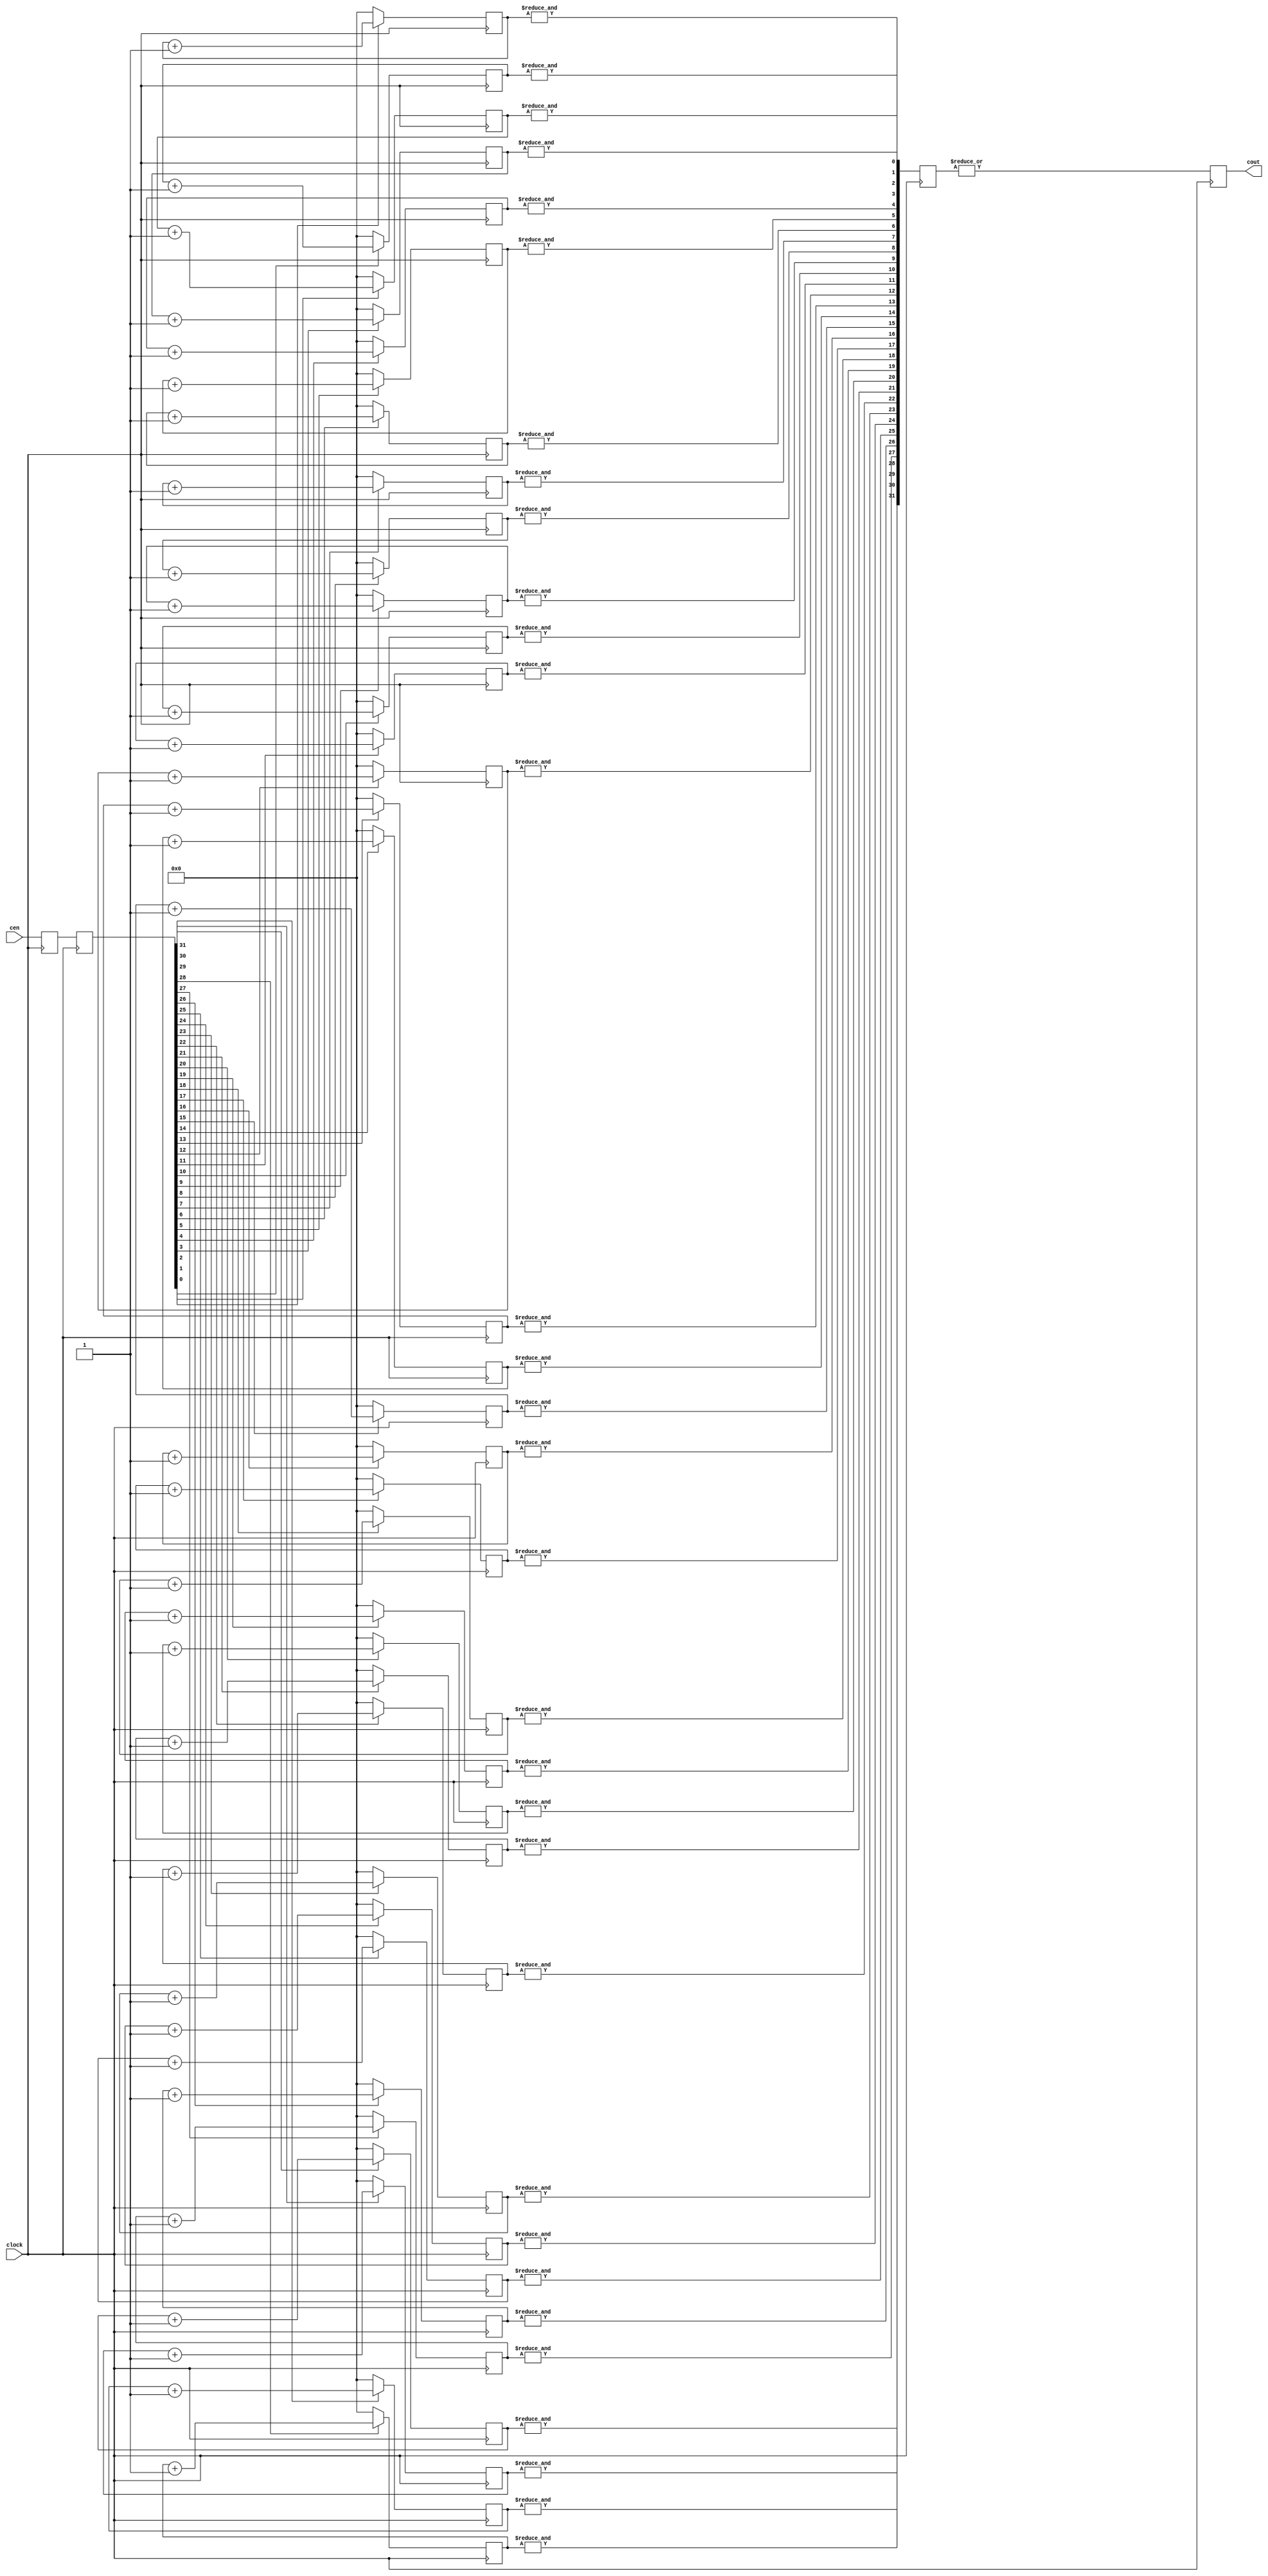
`timescale 1ns / 10ps
module top ( 
clock,
cen,
cout
);



//------Port Signals-------------------
//
input clock;
input [31:0] cen;
output cout;
reg cout;

//
// Misc
//
reg [31:0] cen_s1, cen_s2;
wire [31:0] count;
reg [31:0] scount;
reg [15:0] cnt_out0, cnt_out1, cnt_out2, cnt_out3, cnt_out4, cnt_out5, cnt_out6, cnt_out7;
reg [15:0] cnt_out8, cnt_out9, cnt_out10, cnt_out11, cnt_out12, cnt_out13, cnt_out14, cnt_out15;
reg	[15:0] cnt_out16, cnt_out17, cnt_out18, cnt_out19, cnt_out20, cnt_out21, cnt_out22, cnt_out23;
reg	[15:0] cnt_out24, cnt_out25, cnt_out26, cnt_out27, cnt_out28, cnt_out29, cnt_out30, cnt_out31;
wire clk_int;

//------Define Parameters--------------
//

// gclkbuff u_gclkbuff_clock (.A(clock), .Z(clk_int));
assign clk_int = clock;

always @( posedge clk_int)
begin
	cen_s1 <= cen;
	cen_s2 <= cen_s1;
	scount <= count;
	cout <= |{scount[31:0]};
end

// Counters in parallel
assign count[0] = &{cnt_out0};
always @( posedge clk_int )
begin
	if (cen_s2[0])
      cnt_out0 <= cnt_out0 + 1;
    else
      cnt_out0 <= 16'h0;  
end

assign count[1] = &{cnt_out1};
always @( posedge clk_int )
begin
	if (cen_s2[1])
      cnt_out1 <= cnt_out1 + 1;
    else
      cnt_out1 <= 16'h0;  
end

assign count[2] = &{cnt_out2};
always @( posedge clk_int )
begin
	if (cen_s2[2])
      cnt_out2 <= cnt_out2 + 1;
    else
      cnt_out2 <= 16'h0;  
end

assign count[3] = &{cnt_out3};
always @( posedge clk_int )
begin
	if (cen_s2[3])
      cnt_out3 <= cnt_out3 + 1;
    else
      cnt_out3 <= 16'h0;  
end

assign count[4] = &{cnt_out4};
always @( posedge clk_int )
begin
	if (cen_s2[4])
      cnt_out4 <= cnt_out4 + 1;
    else
      cnt_out4 <= 16'h0;  
end

assign count[5] = &{cnt_out5};
always @( posedge clk_int )
begin
	if (cen_s2[5])
      cnt_out5 <= cnt_out5 + 1;
    else
      cnt_out5 <= 16'h0;  
end

assign count[6] = &{cnt_out6};
always @( posedge clk_int )
begin
	if (cen_s2[6])
      cnt_out6 <= cnt_out6 + 1;
    else
      cnt_out6 <= 16'h0;  
end

assign count[7] = &{cnt_out7};
always @( posedge clk_int )
begin
	if (cen_s2[7])
      cnt_out7 <= cnt_out7 + 1;
    else
      cnt_out7 <= 16'h0;  
end

assign count[8] = &{cnt_out8};
always @( posedge clk_int )
begin
	if (cen_s2[8])
      cnt_out8 <= cnt_out8 + 1;
    else
      cnt_out8 <= 16'h0;  
end

assign count[9] = &{cnt_out9};
always @( posedge clk_int )
begin
	if (cen_s2[9])
      cnt_out9 <= cnt_out9 + 1;
    else
      cnt_out9 <= 16'h0;  
end

assign count[10] = &{cnt_out10};
always @( posedge clk_int )
begin
	if (cen_s2[10])
      cnt_out10 <= cnt_out10 + 1;
    else
      cnt_out10 <= 16'h0;  
end

assign count[11] = &{cnt_out11};
always @( posedge clk_int )
begin
	if (cen_s2[11])
      cnt_out11 <= cnt_out11 + 1;
    else
      cnt_out11 <= 16'h0;  
end

assign count[12] = &{cnt_out12};
always @( posedge clk_int )
begin
	if (cen_s2[12])
      cnt_out12 <= cnt_out12 + 1;
    else
      cnt_out12 <= 16'h0;  
end

assign count[13] = &{cnt_out13};
always @( posedge clk_int )
begin
	if (cen_s2[13])
      cnt_out13 <= cnt_out13 + 1;
    else
      cnt_out13 <= 16'h0;  
end

assign count[14] = &{cnt_out14};
always @( posedge clk_int )
begin
	if (cen_s2[14])
      cnt_out14 <= cnt_out14 + 1;
    else
      cnt_out14 <= 16'h0;  
end

assign count[15] = &{cnt_out15};
always @( posedge clk_int )
begin
	if (cen_s2[15])
      cnt_out15 <= cnt_out15 + 1;
    else
      cnt_out15 <= 16'h0;  
end

assign count[16] = &{cnt_out16};
always @( posedge clk_int )
begin
	if (cen_s2[16])
      cnt_out16 <= cnt_out16 + 1;
    else
      cnt_out16 <= 16'h0;  
end

assign count[17] = &{cnt_out17};
always @( posedge clk_int )
begin
	if (cen_s2[17])
      cnt_out17 <= cnt_out17 + 1;
    else
      cnt_out17 <= 16'h0;  
end

assign count[18] = &{cnt_out18};
always @( posedge clk_int )
begin
	if (cen_s2[18])
      cnt_out18 <= cnt_out18 + 1;
    else
      cnt_out18 <= 16'h0;  
end

assign count[19] = &{cnt_out19};
always @( posedge clk_int )
begin
	if (cen_s2[19])
      cnt_out19 <= cnt_out19 + 1;
    else
      cnt_out19 <= 16'h0;  
end

assign count[20] = &{cnt_out20};
always @( posedge clk_int )
begin
	if (cen_s2[20])
      cnt_out20 <= cnt_out20 + 1;
    else
      cnt_out20 <= 16'h0;  
end

assign count[21] = &{cnt_out21};
always @( posedge clk_int )
begin
	if (cen_s2[21])
      cnt_out21 <= cnt_out21 + 1;
    else
      cnt_out21 <= 16'h0;  
end

assign count[22] = &{cnt_out22};
always @( posedge clk_int )
begin
	if (cen_s2[22])
      cnt_out22 <= cnt_out22 + 1;
    else
      cnt_out22 <= 16'h0;  
end

assign count[23] = &{cnt_out23};
always @( posedge clk_int )
begin
	if (cen_s2[23])
      cnt_out23 <= cnt_out23 + 1;
    else
      cnt_out23 <= 16'h0;  
end

assign count[24] = &{cnt_out24};
always @( posedge clk_int )
begin
	if (cen_s2[24])
      cnt_out24 <= cnt_out24 + 1;
    else
      cnt_out24 <= 16'h0;  
end

assign count[25] = &{cnt_out25};
always @( posedge clk_int )
begin
	if (cen_s2[25])
      cnt_out25 <= cnt_out25 + 1;
    else
      cnt_out25 <= 16'h0;  
end

assign count[26] = &{cnt_out26};
always @( posedge clk_int )
begin
	if (cen_s2[26])
      cnt_out26 <= cnt_out26 + 1;
    else
      cnt_out26 <= 16'h0;  
end

assign count[27] = &{cnt_out27};
always @( posedge clk_int )
begin
	if (cen_s2[27])
      cnt_out27 <= cnt_out27 + 1;
    else
      cnt_out27 <= 16'h0;  
end

assign count[28] = &{cnt_out28};
always @( posedge clk_int )
begin
	if (cen_s2[28])
      cnt_out28 <= cnt_out28 + 1;
    else
      cnt_out28 <= 16'h0;  
end

assign count[29] = &{cnt_out29};
always @( posedge clk_int )
begin
	if (cen_s2[29])
      cnt_out29 <= cnt_out29 + 1;
    else
      cnt_out29 <= 16'h0;  
end

assign count[30] = &{cnt_out30};
always @( posedge clk_int )
begin
	if (cen_s2[30])
      cnt_out30 <= cnt_out30 + 1;
    else
      cnt_out30 <= 16'h0;  
end

assign count[31] = &{cnt_out31};
always @( posedge clk_int )
begin
	if (cen_s2[31])
      cnt_out31 <= cnt_out31 + 1;
    else
      cnt_out31 <= 16'h0;  
end

endmodule